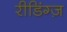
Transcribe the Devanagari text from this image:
रीडिंग्ज़